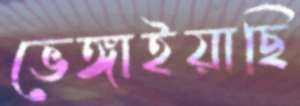
ভেঙ্গাইয়াছি